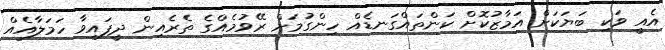
އެއީ ވަކި ބަޔަކަށް އަމާޒުކޮށް ކަންތައްގަނޑެއް ހިންގުމަށް ރޭވުމެއްގެ ތެރެއިން ދީފައިވާ ހަމަލާއެއް